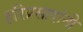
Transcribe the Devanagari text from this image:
हरिप्रसादांनी